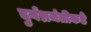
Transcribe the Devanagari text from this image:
दुर्गभ्रमंतीकडे